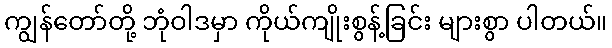
ကျွန်တော်တို့ ဘုံဝါဒမှာ ကိုယ်ကျိုးစွန့်ခြင်း များစွာ ပါတယ်။